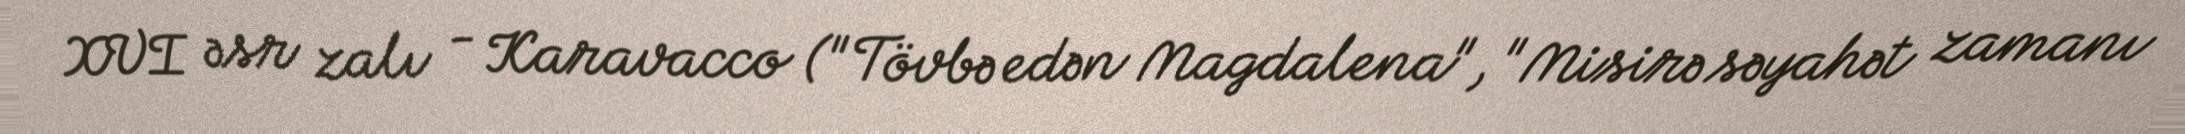
XVI əsr zalı - Karavacco ("Tövbə edən Magdalena", "Misirə səyahət zamanı